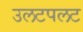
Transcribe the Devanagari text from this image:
उलटपलट